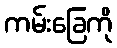
ကမ်းခြေကို